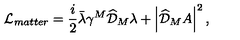
\mathcal { L } _ { m a t t e r } = \frac { i } { 2 } \bar { \lambda } \gamma ^ { M } \widehat { \mathcal { D } } _ { M } \lambda + \left| \widehat { \mathcal { D } } _ { M } A \right| ^ { 2 } ,